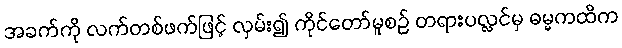
အခက်ကို လက်တစ်ဖက်ဖြင့် လှမ်း၍ ကိုင်တော်မူစဉ် တရားပလ္လင်မှ ဓမ္မကထိက